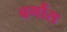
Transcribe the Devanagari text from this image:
बर्गौस